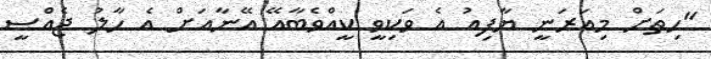
"ހިތަށް މިއަރަނީ ޔާފިއު އެ ވަކިވީ ކީއްވެބާއޭ އޭނާއަށް އެ ހާލު ޖެއްސީ